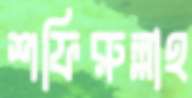
শফিরুল্লাহ